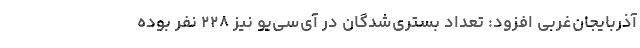
آذربایجان‌غربی افزود: تعداد بستری‌شدگان در آی‌سی‌یو نیز ۲۲۸ نفر بوده